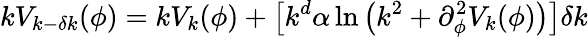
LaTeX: kV_{k-\delta k}(\phi)=kV_{k}(\phi)+\left[k^{d}\alpha\ln\left(k^{2}+\partial_{\phi}^{2}V_{k}(\phi)\right)\right]\delta k